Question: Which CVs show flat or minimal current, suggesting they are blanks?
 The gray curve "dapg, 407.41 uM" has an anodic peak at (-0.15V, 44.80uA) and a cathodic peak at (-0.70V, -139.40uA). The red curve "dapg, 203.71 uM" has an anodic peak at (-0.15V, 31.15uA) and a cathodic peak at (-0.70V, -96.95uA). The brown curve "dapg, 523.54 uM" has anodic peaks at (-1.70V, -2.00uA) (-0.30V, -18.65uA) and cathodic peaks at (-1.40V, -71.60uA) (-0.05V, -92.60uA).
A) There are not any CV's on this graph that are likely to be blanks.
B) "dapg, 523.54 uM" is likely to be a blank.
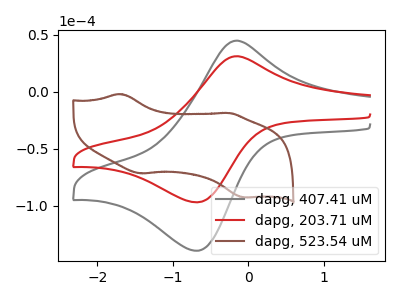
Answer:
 <answer>A) There are not any CV's on this graph that are likely to be blanks.</answer>
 <eval>A</eval>